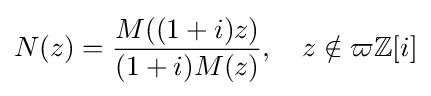
N(z)={\frac {M((1+i)z)}{(1+i)M(z)}},\quad z\notin \varpi \mathbb {Z} [i]